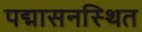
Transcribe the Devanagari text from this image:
पद्मासनस्थित